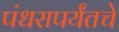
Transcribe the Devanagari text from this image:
पंधरापर्यंतचे